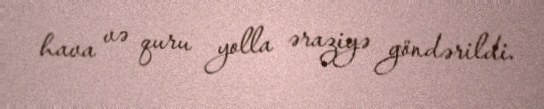
hava və quru yolla əraziyə göndərildi.